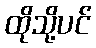
ထိုသို့ပင်